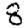
Digit: 8